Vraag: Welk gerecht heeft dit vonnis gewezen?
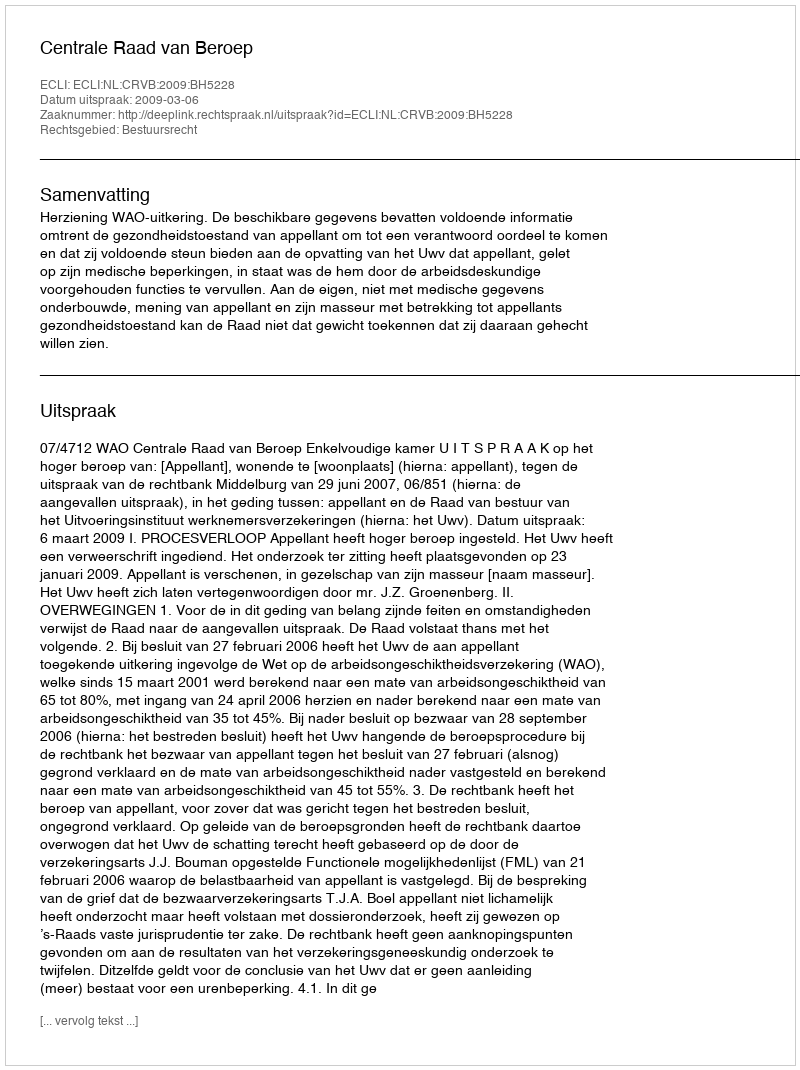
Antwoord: Centrale Raad van Beroep